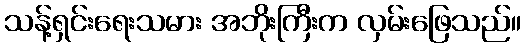
သန့်ရှင်းရေးသမား အဘိုးကြီးက လှမ်းဖြေသည်။